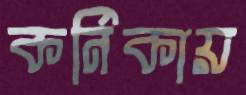
কর্নিকায়